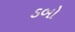
ડબો